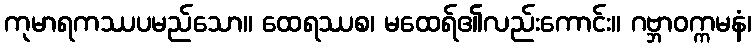
ကုမာရကဿပမည်သော။ ထေရဿစ၊ မထေရ်၏လည်းကောင်း။ ဂဗ္ဘာဝက္ကမနံ၊